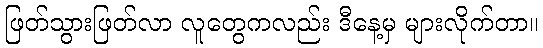
ဖြတ်သွားဖြတ်လာ လူတွေကလည်း ဒီနေ့မှ များလိုက်တာ။